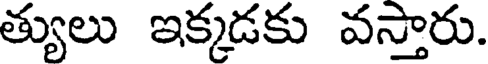
త్యులు ఇక్కడకు వస్తారు.